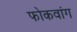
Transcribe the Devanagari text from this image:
फोकवांग